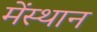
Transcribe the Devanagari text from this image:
मेंस्थान